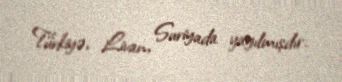
Türkiyə, Livan, Suriyada yayılmışdır.